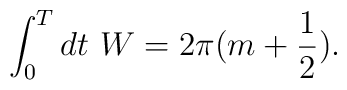
\int_0^{T} dt \,\,W = 2\pi (m + \frac{1}{2}).